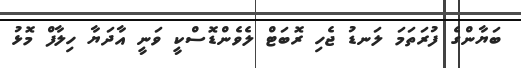
ބަޔާންގެ ފުރަތަމަ ލަނޑު ޖެހި ރޮބަޓް ލެވެންޑޮސްކީ ވަނީ އާދަޔާ ހިލާފް މޮޅު